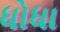
ધોધા